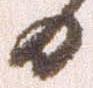
日